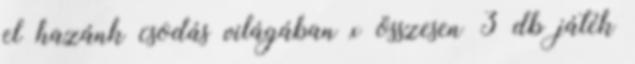
el hazánk csodás világában x összesen 3 db játék